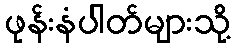
ဖုန်းနံပါတ်များသို့